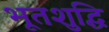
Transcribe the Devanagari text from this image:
भूतशुद्धि